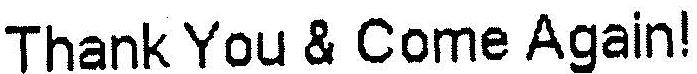
THANK YOU & COME AGAIN!